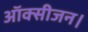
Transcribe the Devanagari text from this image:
ऑक्सीजन।